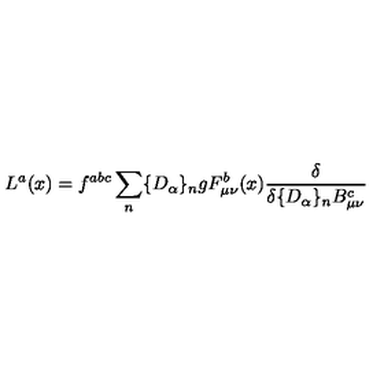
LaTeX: L ^ { a } ( x ) = f ^ { a b c } \sum _ { n } \{ D _ { \alpha } \} _ { n } g F _ { \mu \nu } ^ { b } ( x ) \frac { \delta } { \delta \{ D _ { \alpha } \} _ { n } B _ { \mu \nu } ^ { c } }